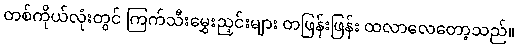
တစ်ကိုယ်လုံးတွင် ကြက်သီးမွှေးညှင်းများ တဖြန်းဖြန်း ထလာလေတော့သည်။